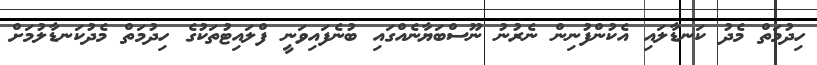
ހިދުމަތް މެދު ކަނޑާލައި އެކުންފުނިން ނެރުނު ނޫސްބަޔާނެއްގައި ބުނެފައިވަނީ ފްލައިޓުތަކުގެ ހިދުމަތް މެދުކަނޑާލުމަށް